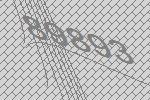
89893